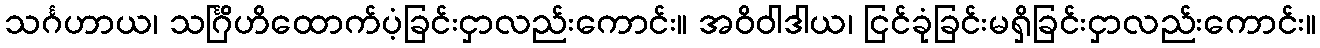
သင်္ဂဟာယ၊ သင်္ဂြိဟိထောက်ပံ့ခြင်းငှာလည်းကောင်း။ အဝိဝါဒါယ၊ ငြင်ခုံခြင်းမရှိခြင်းငှာလည်းကောင်း။